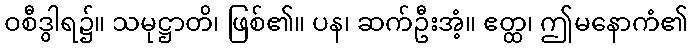
ဝစီဒွါရ၌။ သမုဋ္ဌာတိ၊ ဖြစ်၏။ ပန၊ ဆက်ဦးအံ့။ ဧတ္ထ၊ ဤမနောကံ၏